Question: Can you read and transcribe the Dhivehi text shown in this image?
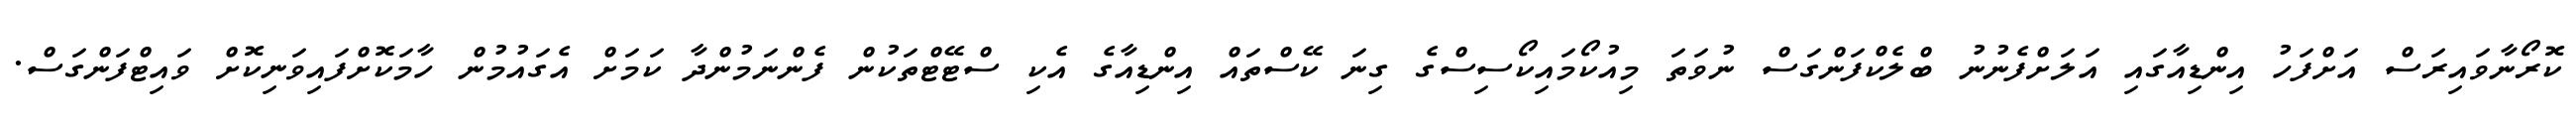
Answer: ކޮރޯނާވައިރަސް އަށްފަހު އިންޑިއާގައި އަލަށްފެނުނު ބްލެކްފަންގަސް ނުވަތަ މިއުކޯމައިކޯސިސްގެ ގިނަ ކޭސްތައް އިންޑިއާގެ އެކި ސްޓޭޓްތަކުން ފެންނަމުންދާ ކަމަށް އެގައުމުން ހާމަކޮށްފައިވަނިކޮށް ވައިޓްފަންގަސް.